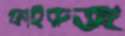
ফাইরুজ